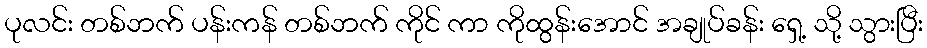
ပုလင်း တစ်ဘက် ပန်းကန် တစ်ဘက် ကိုင် ကာ ကိုထွန်းအောင် အချုပ်ခန်း ရှေ့ သို့ သွားပြီး